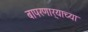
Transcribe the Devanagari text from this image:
बापरणार्‍याच्या